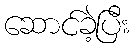
ဆောင်ခဲ့ပြီး